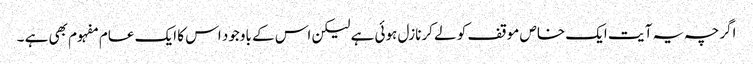
اگرچہ یہ آ یت ایک خاص موقف کو لے کرنازل ہوئی ہے لیکن اس کے باوجود اس کا ایک عام مفہوم بھی ہے ۔